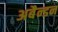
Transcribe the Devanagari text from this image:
अबैन्डन